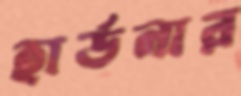
হার্ডনার